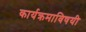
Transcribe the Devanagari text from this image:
कार्यक्रमाविषयी